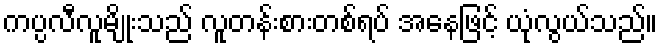
ကပ္ပလီလူမျိုးသည် လူတန်းစားတစ်ရပ် အနေဖြင့် ယုံလွယ်သည်။